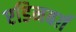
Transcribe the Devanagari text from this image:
एडिनबर्ग़